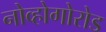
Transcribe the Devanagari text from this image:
नोव्होगोरोड